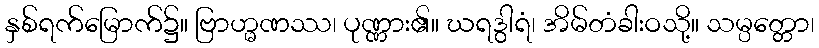
နှစ်ရက်မြောက်၌။ ဗြာဟ္မဏဿ၊ ပုဏ္ဏား၏။ ဃရဒွါရံ၊ အိမ်တံခါးဝသို့။ သမ္ပတ္တော၊